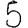
Digit: 5